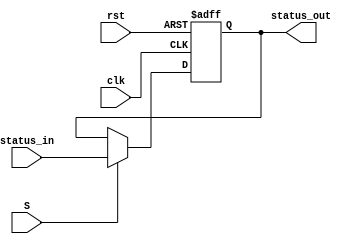
module StatusRegister (
    input clk, rst,
    input [3:0] status_in,
    input S,
    output reg [3:0] status_out
  );

  always @(negedge clk, posedge rst)
  begin
    if (rst)
      status_out <= 0;
    else if (S)
      status_out <= status_in;
  end

endmodule